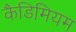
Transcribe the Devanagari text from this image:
कैडिमियम